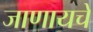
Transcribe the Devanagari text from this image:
जाणायचे